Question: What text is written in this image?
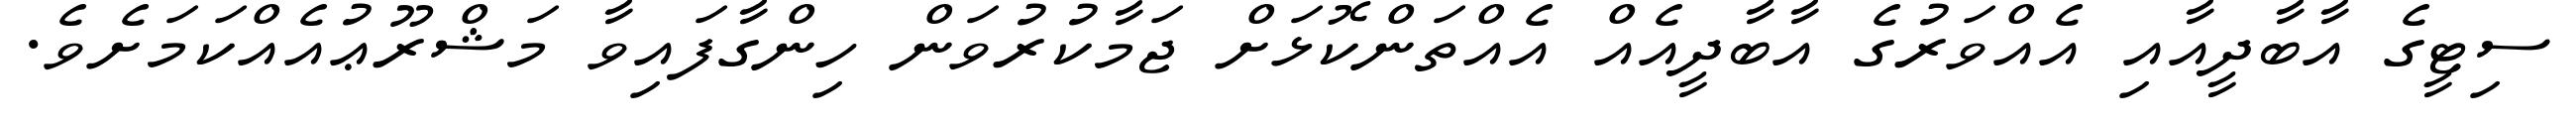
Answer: ސިޓީގެ އާބާދީއާއި އެއްވަރުގެ އާބާދީއެއް އެއްތަންކޮޅަށް ޖަމާކުރުވަން ހިންގާފައިވާ މަޝްރޫޢުއެއްކަމަށެވެ.